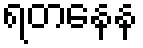
ရတနေန